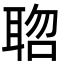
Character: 𮋱